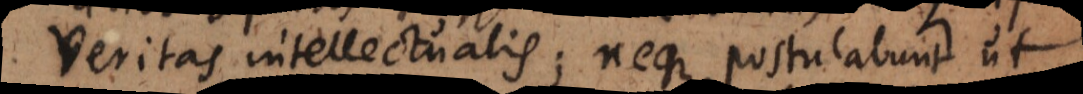
veritas intellectualis; neque postulabunt ut